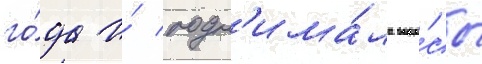
го́да и́ подн'има́ла вопро́сы